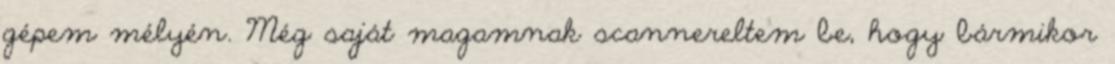
gépem mélyén. Még saját magamnak scannereltem be, hogy bármikor